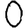
Digit: 0